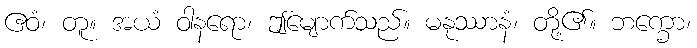
ဧဝံ၊ တူ။ အယံ ဝါနရော၊ ဤမျောက်သည်။ မနုဿာနံ၊ တို့၏။ ဘက္ခော၊